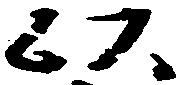
以